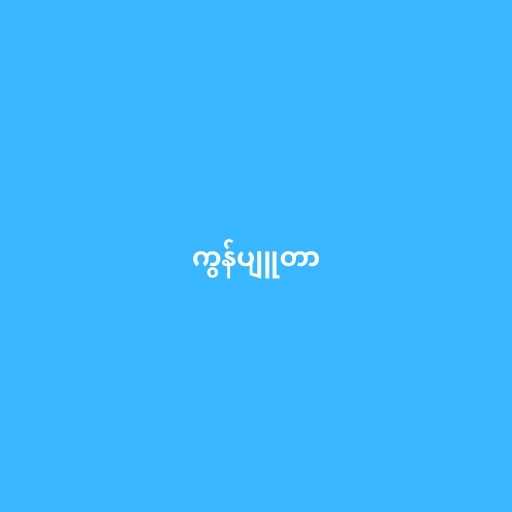
ကွန်ပျူတာ